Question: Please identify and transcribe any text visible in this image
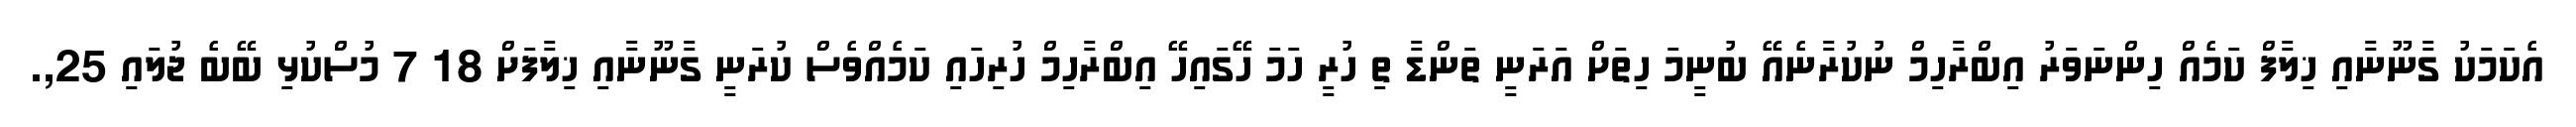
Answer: އެކަމަކު ގާނޫނާއި ޚިލާފް ކަމެއް ހިންނަވަރު އިބްރާހިމް ނުކުރާނެއޭ ބުނީމަ ހިތަށް އަރަނީ ތަންޑާ ތި ހުރީ ހަމަ ހޭގައިހޭ އިބްރާހިމް ހުރިހައި ކަމެއްވެސް ކުރަނީ ގާނޫނާއި ޚިލާފަށް 18 7 މުސްކުޅި ބޭބެ ޖުލައި 25,.